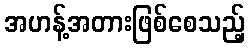
အဟန့်အတားဖြစ်စေသည့်